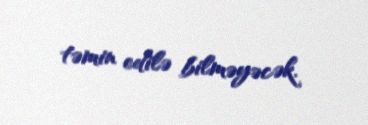
təmin edilə bilməyəcək.